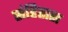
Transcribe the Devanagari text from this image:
संहितास